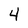
Character: 4